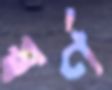
স্বর্ণ